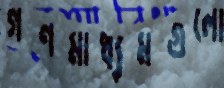
গণমাধ্যমগুলো